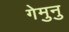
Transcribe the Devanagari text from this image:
गेमुनु